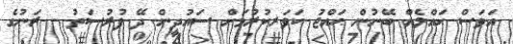
އަވަސް ހައްލެއް ބޭނުން ޙައްޖު ކަވަރކުރުމަށް ސައުދީން ދޭ ފުރުސަތު - ރަނުގެ